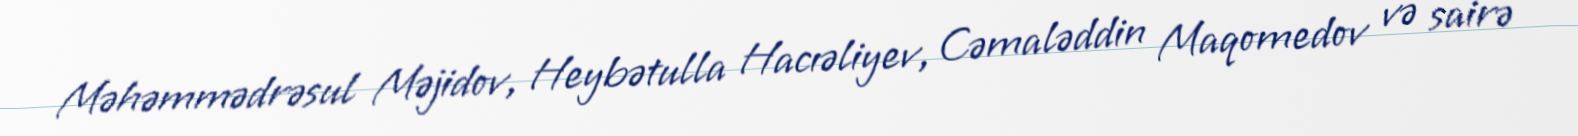
Məhəmmədrəsul Məjidov, Heybətulla Hacıəliyev, Cəmaləddin Maqomedov və sairə